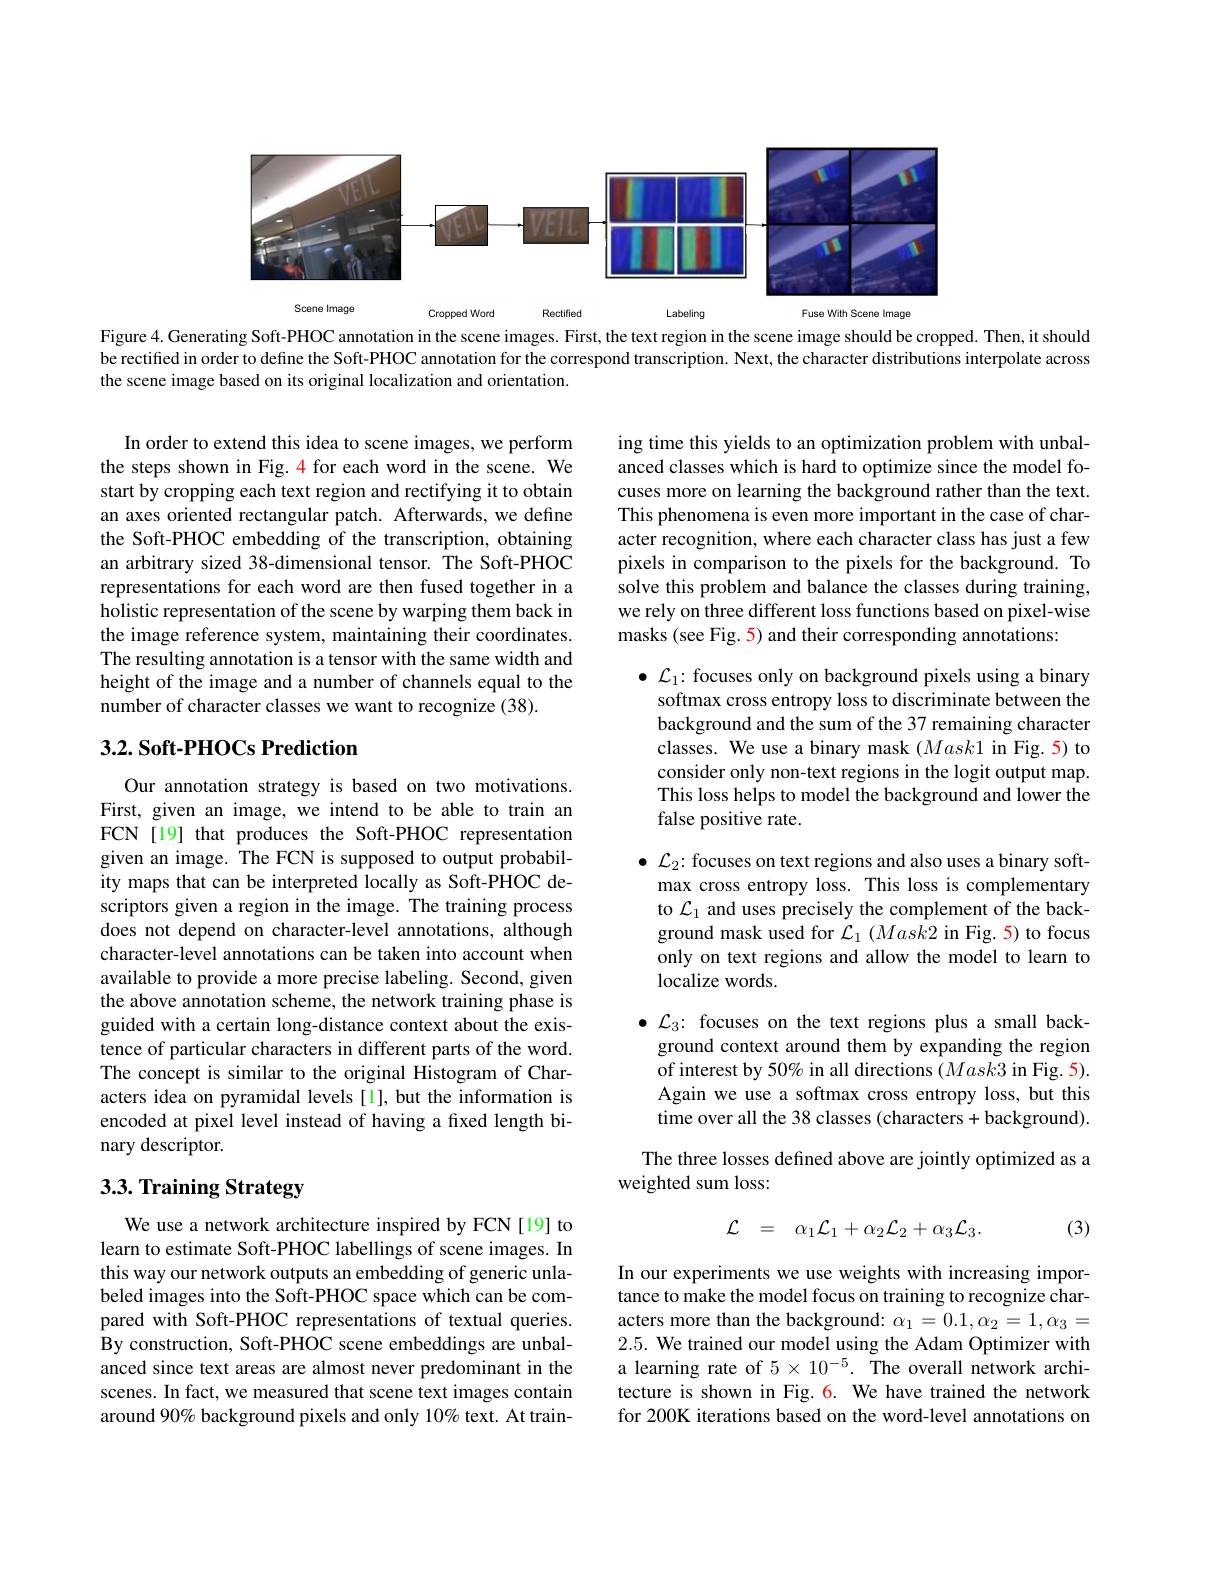
<FigureHere>
Figure 4. Generating Soft-PHOC annotation in the scene images. First, the text region in the scene image should be cropped. Then, it should

be rectified in order to define the Soft-PHOC annotation for the correspond transcription. Next, the character distributions interpolate across
the scene image based on its original localization and orientation.

ing time this yields to an optimization problem with unbalanced classes which is hard to optimize since the model focuses more on learning the background rather than the text. This phenomena is even more important in the case of character recognition, where each character class has just a few pixels in comparison to the pixels for the background. To solve this problem and balance the classes during training, we rely on three different loss functions based on pixel-wise masks (see Fig. 5) and their corresponding annotations:

In order to extend this idea to scene images, we perform the steps shown in Fig. 4 for each word in the scene. We start by cropping each text region and rectifying it to obtain an axes oriented rectangular patch. Afterwards, we define the Soft-PHOC embedding of the transcription, obtaining an arbitrary sized 38-dimensional tensor. The Soft-PHOC representations for each word are then fused together in a holistic representation of the scene by warping them back in the image reference system, maintaining their coordinates. The resulting annotation is a tensor with the same width and height of the image and a number of channels equal to the number of character classes we want to recognize (38).

## 3.2. Soft-PHOCs Prediction

$\bullet{\mathcal{L}}_{1}{:\text{focuses only on background pixels using a binary}}$ softmax cross entropy loss to discriminate between the background and the sum of the 37 remaining character classes. We use a binary mask $(Mask1$ in Fig.5) to consider only non-text regions in the logit output map. This loss helps to model the background and lower the false positive rate.

$\bullet{\mathcal{L}}_2{:}$ focuses on text regions and also uses a binary softmax cross entropy loss. This loss is complementary to $\mathcal{L}_1$ and uses precisely the complement of the background mask used for $\mathcal{L} _1( Mask2$ in Fig. 5) to focus only on text regions and allow the model to learn to localize words.

Our annotation strategy is based on two motivations. First, given an image, we intend to be able to train an FCN [19] that produces the Soft-PHOC representation given an image. The FCN is supposed to output probability maps that can be interpreted locally as Soft-PHOC descriptors given a region in the image. The training process does not depend on character-level annotations, although character-level annotations can be taken into account when available to provide a more precise labeling. Second, given the above annotation scheme, the network training phase is guided with a certain long-distance context about the existence of particular characters in different parts of the word. The concept is similar to the original Histogram of Characters idea on pyramidal levels[1], but the information is encoded at pixel level instead of having a fxed length binary descriptor.

$\bullet{\mathcal{L}}_{3}{:}$ focuses on the text regions plus a small background context around them by expanding the region of interest by 50% in all directions $(Mask3$ in Fig. 5). Again we use a softmax cross entropy loss, but this time over all the 38 classes (characters + background).

The three losses defined above are jointly optimized as a
weighted sum loss:

# 3.3. Training Strategy

(3)
$$\mathcal{L}\quad=\quad\alpha_{1}\mathcal{L}_{1}+\alpha_{2}\mathcal{L}_{2}+\alpha_{3}\mathcal{L}_{3}.$$
We use a network architecture inspired by FCN[19] to learn to estimate Soft-PHOC labellings of scene images. In this way our network outputs an embedding of generic unlabeled images into the Soft-PHOC space which can be compared with Soft-PHOC representations of textual queries. By construction, Soft-PHOC scene embeddings are unbalanced since text areas are almost never predominant in the scenes. In fact, we measured that scene text images contain around 90% background pixels and only 10% text. At train-

In our experiments we use weights with increasing importance to make the model focus on training to recognize characters more than the background: $\alpha_1=0.1,\alpha_2=1,\alpha_3=$ 2.5. We trained our model using the Adam Optimizer with a learning rate of $5\times10^{-5}.$ The overall network architecture is shown in Fig. 6. We have trained the network for 200K iterations based on the word-level annotations on